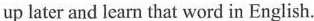
up later and learn that word in English.